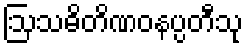
ဩသဓိတိဏဝနပ္ပတီသု